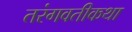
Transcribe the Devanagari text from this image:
तरंगवतीकथा